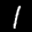
Label: 1